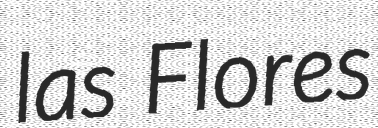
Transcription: las Flores